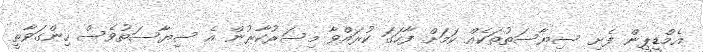
އެމްޑީޕީން ފެށި ސިޔާސަތުތަކެއް ކަމަށް ފާހަގަ ކުރައްވާ މިސަރުކާރުން އެ ސިޔާސަތުވެސް ހިންގަވާތީ